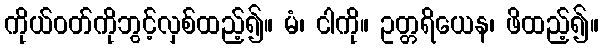
ကိုယ်ဝတ်ကိုဘွင့်လှစ်ထည့်၍။ မံ၊ ငါကို။ ဥတ္တရိယေန၊ ဖိထည့်၍။